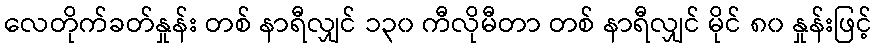
လေတိုက်ခတ်နှုန်း တစ် နာရီလျှင် ၁၃၀ ကီလိုမီတာ တစ် နာရီလျှင် မိုင် ၈၀ နှုန်းဖြင့်